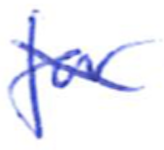
Text: for
Cross-out: diagonal
Writing tool: ballpoint